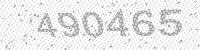
Solution: 490465